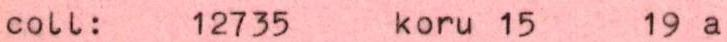
coll: 12735 koru 15 19 a